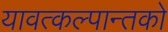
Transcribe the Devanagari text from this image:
यावत्कल्पान्तको